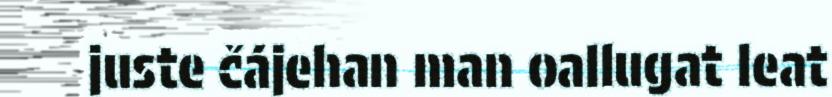
juste čájehan man oallugat leat